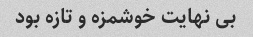
بی نهایت خوشمزه و تازه بود